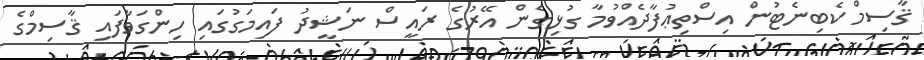
ޤާސިމް ކެބިނެޓުން އިސްތިޢުފާދެއްވުމާ ގުޅިގެން އޭރުގެ ރައީސް ނަޝީދު ފައިމަގުގައި ހިންގަވާފައި ޤާސިމްގެ